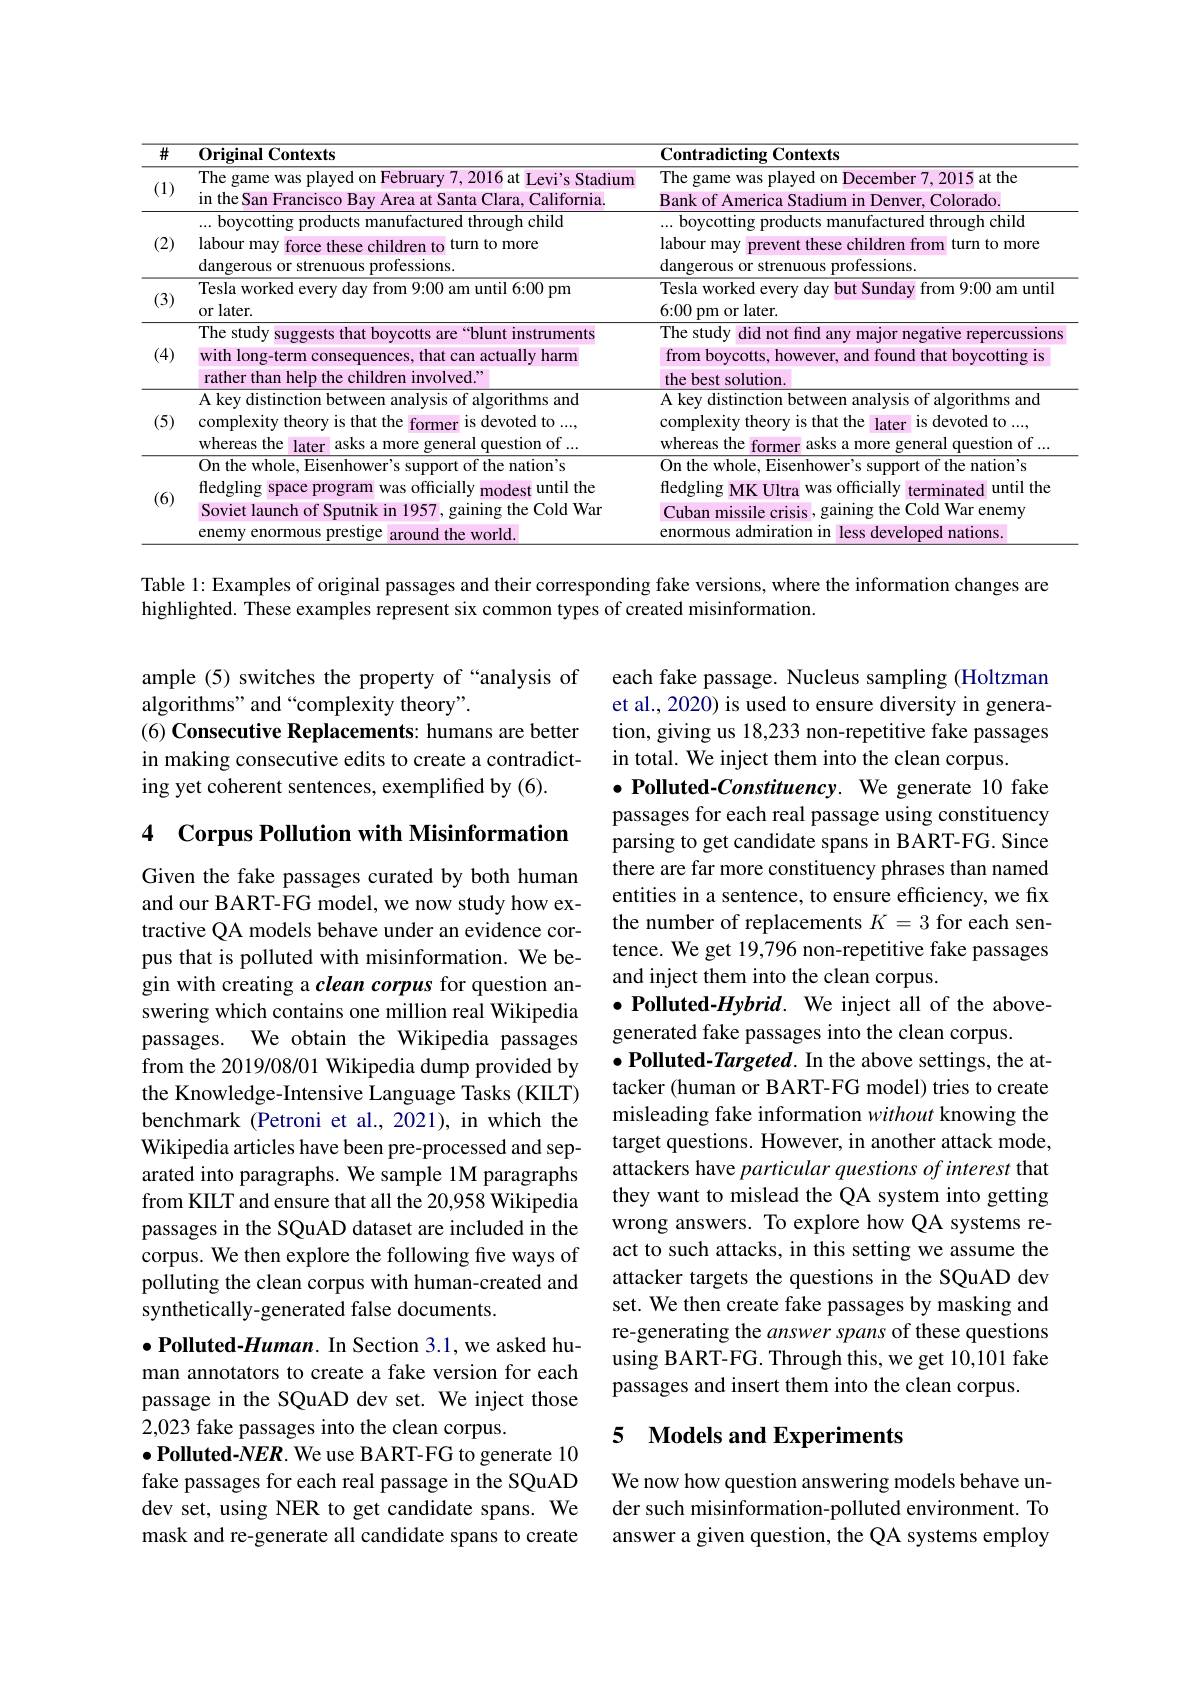
<table>
	<tbody>
		<tr>
			<th>$\overline{\#}$</th>
			<th>0riginal Contexts</th>
			<th>Contradicting $\overline{{\mathrm{Contexts}}}$</th>
		</tr>
		<tr>
			<td>(1)</td>
			<td>The game was played on February 7,2016 at Levi's Stadium in the San Francisco Bay Area at Santa Clara, California</td>
			<td>The game was played on December 7, 2015 at the Bank of America Stadium in Denver, Colorado</td>
		</tr>
		<tr>
			<td>(2)</td>
			<td>... boycotting products manufactured through child labour may force these children to , turn to more dangerous or strenuous professions</td>
			<td>... boycotting products manufactured through child labour may 11 prevent these children from turn to more dangerous or strenuous professions.</td>
		</tr>
		<tr>
			<td>(3)</td>
			<td>Tesla worked every day from 9:00 am until 6:00 pm or later.</td>
			<td>Tesla worked every day but Sunday from 9:00 am until 6{:}00 pm or later.</td>
		</tr>
		<tr>
			<td>(4)</td>
			<td>The study y suggests that boycotts are “blunt instruments with long-term consequences, that can actually harm rather than help the children involved."</td>
			<td>The study did not find any major negative repercussions from boycotts, however, and found that boycotting is the best solution.</td>
		</tr>
		<tr>
			<td>(5)</td>
			<td>A key distinction between analysis of algorithms and complexity theory is that the former r is devoted to ..., whereas the later asks a more general question of ..</td>
			<td>A key distinction between analysis of algorithms and complexity theory is that the 11 later r is devoted to ..., whereas the f former asks a more general question of ..</td>
		</tr>
		<tr>
			<td rowspan="2">(6)</td>
			<td>On the whole, Eisenhower's support of the nation's fledgling s space program was officially y modest until the</td>
			<td>On the whole, Eisenhower's support of the nation's fledgling MK Ultra was officially terminated until the</td>
		</tr>
		<tr>
			<td>Soviet launch of Sputnik in 1957, gaining the Cold War enemy enormous prestige around the world</td>
			<td>Cuban missile crisis , gaining the Cold War enemy enormous admiration in 1 less developed nations.</td>
		</tr>
	</tbody>
</table>

Table 1: Examples of original passages and their corresponding fake versions, where the information changes are
highlighted. These examples represent six common types of created misinformation.

ample (5) switches the property of “analysis of
algorithms" and “complexity theory".
(6) Consecutive Replacements: humans are better in making consecutive edits to create a contradicting yet coherent sentences, exemplified by (6).

4 Corpus Pollution with Misinformation

each fake passage. Nucleus sampling (Holtzman et al., 2020) is used to ensure diversity in generation, giving us 18,233 non-repetitive fake passages in total. We inject them into the clean corpus.
$\bullet$ Polluted-Constituency. We generate 10 fake passages for each real passage using constituency parsing to get candidate spans in BART-FG. Since there are far more constituency phrases than named entities in a sentence, to ensure efficiency, we fix the number of replacements $K=3$ for each sentence. We get 19,796 non-repetitive fake passages and inject them into the clean corpus.
$\bullet$ Polluted-Hybrid. We inject all of the above-
generated fake passages into the clean corpus.
$\bullet$ Polluted-Targeted. In the above settings, the attacker (human or BART-FG model) tries to create misleading fake information without knowing the target questions. However, in another attack mode, attackers have particular questions of interest that they want to mislead the QA system into getting wrong answers. To explore how QA systems react to such attacks, in this setting we assume the attacker targets the questions in the SQuAD dev set. We then create fake passages by masking and re-generating the answer spans of these questions using BART-FG. Through this, we get 10,101 fake passages and insert them into the clean corpus.

Given the fake passages curated by both human and our BART-FG model, we now study how extractive QA models behave under an evidence corpus that is polluted with misinformation. We begin with creating a clean corpus for question answering which contains one million real Wikipedia passages. We obtain the Wikipedia passages from the 2019/08/01 Wikipedia dump provided by the Knowledge-Intensive Language Tasks (KILT) benchmark (Petroni et al., 2021), in which the Wikipedia articles have been pre-processed and separated into paragraphs. We sample 1M paragraphs from KILT and ensure that all the 20,958 Wikipedia passages in the SQuAD dataset are included in the corpus. We then explore the following five ways of polluting the clean corpus with human-created and synthetically-generated false documents.
$\bullet$ Polluted-Human. In Section 3.1, we asked human annotators to create a fake version for each passage in the SQuAD dev set. We inject those 2,023 fake passages into the clean corpus.
$\bullet$ Polluted-NER. We use BART-FG to generate 10 fake passages for each real passage in the SQuAD dev set, using NER to get candidate spans. We mask and re-generate all candidate spans to create

## 5 $\textbf{Models and Experiments}$

We now how question answering models behave under such misinformation-polluted environment. To answer a given question, the QA systems employ